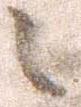
之